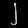
Digit: ၂